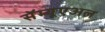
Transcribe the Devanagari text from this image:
सॅम्यूएअल